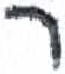
אות: ר